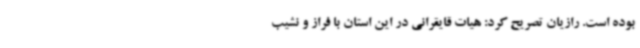
بوده است. رازیان تصریح کرد: هیات قایقرانی در این استان با فراز و نشیب